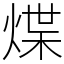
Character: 煠